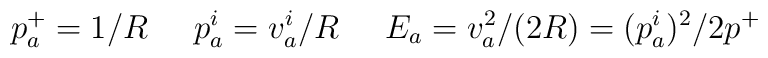
p_a^+ = 1/R \;\;\;\;\; p^i_a = v^i_a/R \;\;\;\;\; E_a = v_a^2/(2 R) =(p_a^i)^2/2p^+